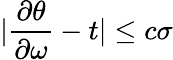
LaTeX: |\frac{\partial\theta}{\partial\omega}-t|\leq c\sigma